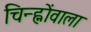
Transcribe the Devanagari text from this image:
चिन्ह्नोंवाला